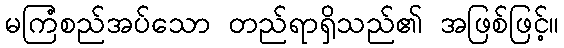
မကြံစည်အပ်သော တည်ရာရှိသည်၏ အဖြစ်ဖြင့်။